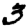
Digit: 3